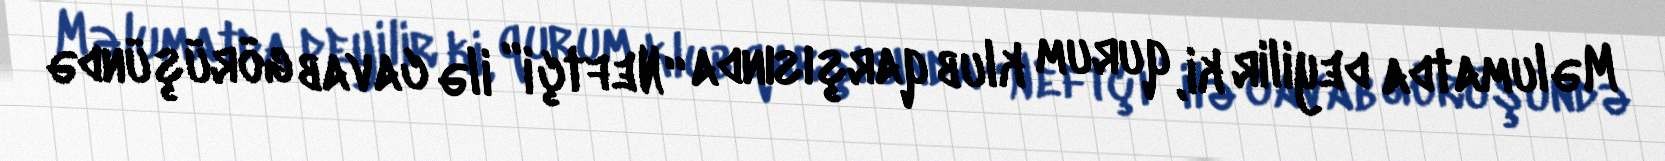
Məlumatda deyilir ki, qurum klub qarşısında “Neftçi” ilə cavab görüşündə